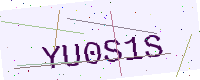
Text: YU0S1S